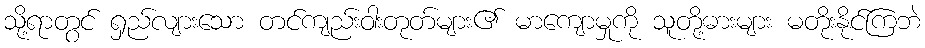
သို့ရာတွင် ရှည်လျားသော တင်ကျည်းဝါးတုတ်များ၏ မာကျောမှုကို သူတို့ဓားများ မတိုးနိုင်ကြဘဲ